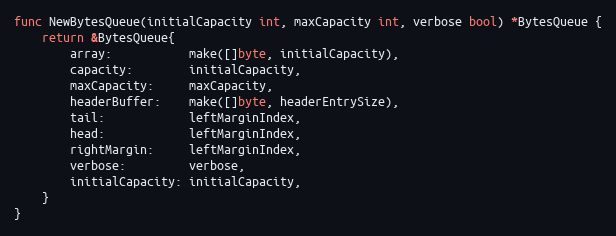
Language: Go
func NewBytesQueue(initialCapacity int, maxCapacity int, verbose bool) *BytesQueue {
	return &BytesQueue{
		array:           make([]byte, initialCapacity),
		capacity:        initialCapacity,
		maxCapacity:     maxCapacity,
		headerBuffer:    make([]byte, headerEntrySize),
		tail:            leftMarginIndex,
		head:            leftMarginIndex,
		rightMargin:     leftMarginIndex,
		verbose:         verbose,
		initialCapacity: initialCapacity,
	}
}